Lunatic asylums Punjab 1881-1894 - 1881-1894
Year: 1881
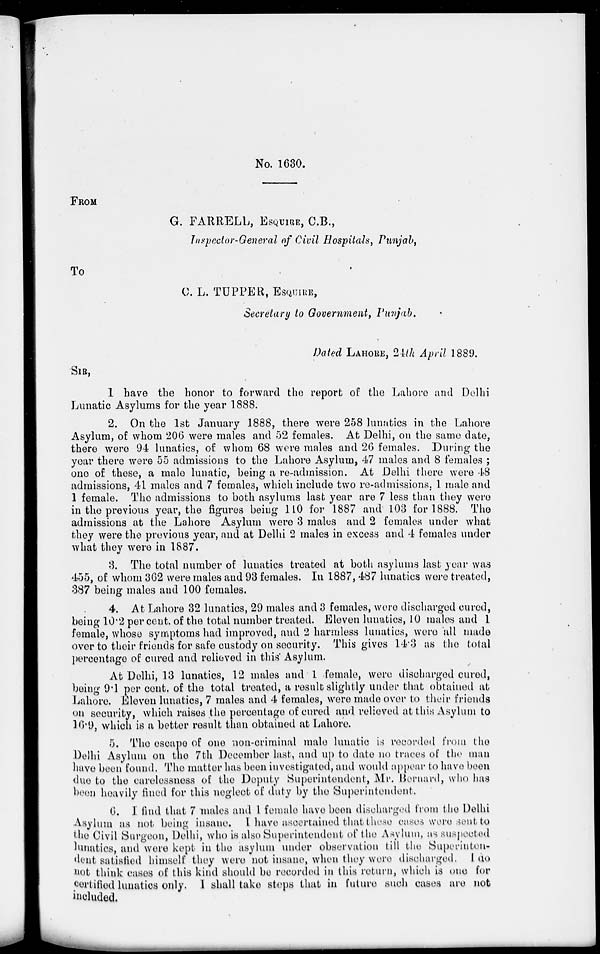
No. 1630.
FROM
G. FARRELL, ESQUIRE, C.B.,
Inspector-General of Civil Hospitals, Punjab,
TO
C. L. TUPPER, ESQUIRE,
Secretary to Government, Punjab.
Dated LAHORE, 24th April 1889.
SIR,
I have the honor to forward the report of the Lahore and Delhi
Lunatic Asylums for the year 1888.
2. On the 1st January 1888, there were 258 lunatics in the Lahore
Asylum, of whom 206 were males and 52 females. At Delhi, on the same date,
there were 94 lunatics, of whom 68 were males and 26 females. During the
year there were 55 admissions to the Lahore Asylum, 47 males and 8 females ;
one of these, a male lunatic, being a re-admission. At Delhi there were 48
admissions, 41 males and 7 females, which include two re-admissions, 1 male and
1 female. The admissions to both asylums last year are 7 less than they were
in the previous year, the figures being 110 for 1887 and 103 for 1888. The
admissions at the Lahore Asylum were 3 males and 2 females under what
they were the previous year, and at Delhi 2 males in excess and 4 females under
what they were in 1887.
3. The total number of lunatics treated at both asylums last year was
455, of whom 362 were males and 93 females. In 1887,487 lunatics were treated,
387 being males and 100 females.
4. At Lahore 32 lunatics, 29 males and 3 females, were discharged cured,
being 10.2 per cent. of the total number treated. Eleven lunatics, 10 males and 1
female, whose symptoms had improved, and 2 harmless lunatics, were all made
over to their friends for safe custody on security. This gives 14.3 as the total
percentage of cured and relieved in this' Asylum.
At Delhi, 13 lunatics, 12 males and 1 female, were discharged cured,
being 9.1 per cent, of the total treated, a result slightly under that obtained at
Lahore. Eleven lunatics, 7 males and 4 females, were made over to their friends
on security, which raises the percentage of cured and relieved at this Asylum to
16.9, which is a better result than obtained at Lahore.
5. The escape of one non-criminal male lunatic is recorded from the
Delhi Asylum on the 7th December last, and up to date no traces of the man
have been found. The matter has been investigated, and would appear to have been
due to the carelessness of the Deputy Superintendent, Mr. Barnard, who has
been heavily fined for this neglect of duty by the Superintendent.
6. I find that 7 males and 1 female have been discharged from the Delhi
Asylum as not being insane. I have ascertained that these cases were sent to
the Civil Surgeon, Delhi, who is also Superintendent of the Asylum, as suspected
lunatics, and were kept in the asylum under observation till the Superiuten-
dent satisfied himself they were not insane, when they were discharged. I do
not think cases of this kind should be recorded in this return, which is one for
certified lunatics only. I shall take ste ps that in future such cases are not
included.